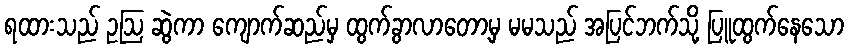
ရထားသည် ဥဩ ဆွဲကာ ကျောက်ဆည်မှ ထွက်ခွာလာတော့မှ မမသည် အပြင်ဘက်သို့ ပြူထွက်နေသော